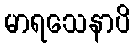
မာရသေနာပိ